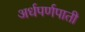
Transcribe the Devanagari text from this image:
अर्धपर्णपाती